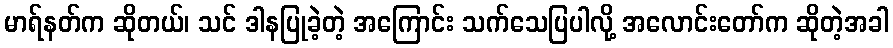
မာရ်နတ်က ဆိုတယ်၊ သင် ဒါနပြုခဲ့တဲ့ အကြောင်း သက်သေပြပါလို့ အလောင်းတော်က ဆိုတဲ့အခါ